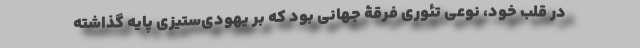
در قلب خود، نوعی تئوری‌ فرقۀ جهانی بود که بر یهودی‌ستیزی پایه گذاشته